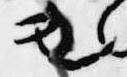
も